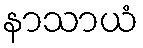
နာသာယံ